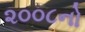
૨૦૦૮નો